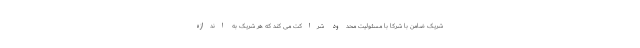
شریک ضامن با شرکا با مسئولیت محدود شراکت می کند که هر شریک به اندازه